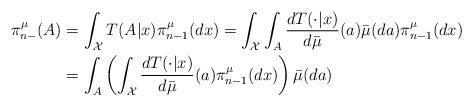
LaTeX: \begin{align*}\pi_{n-}^{\mu}(A)&=\int_{\mathcal{X}}T(A|x)\pi_{n-1}^{\mu}(dx)=\int_{\mathcal{X}}\int_{A}\frac{dT(\cdot|x)}{d\bar{\mu}}(a)\bar{\mu}(da)\pi_{n-1}^{\mu}(dx)\\&=\int_{A}\left(\int_{\mathcal{X}}\frac{dT(\cdot|x)}{d\bar{\mu}}(a)\pi_{n-1}^{\mu}(dx)\right)\bar{\mu}(da)\end{align*}